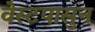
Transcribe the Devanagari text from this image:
वेस्टपासुन